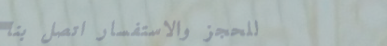
للحجز والاستفسار اتصل بنا